Leaving Certificate Examination (including Day School Certificate (Higher) General paper), 1932
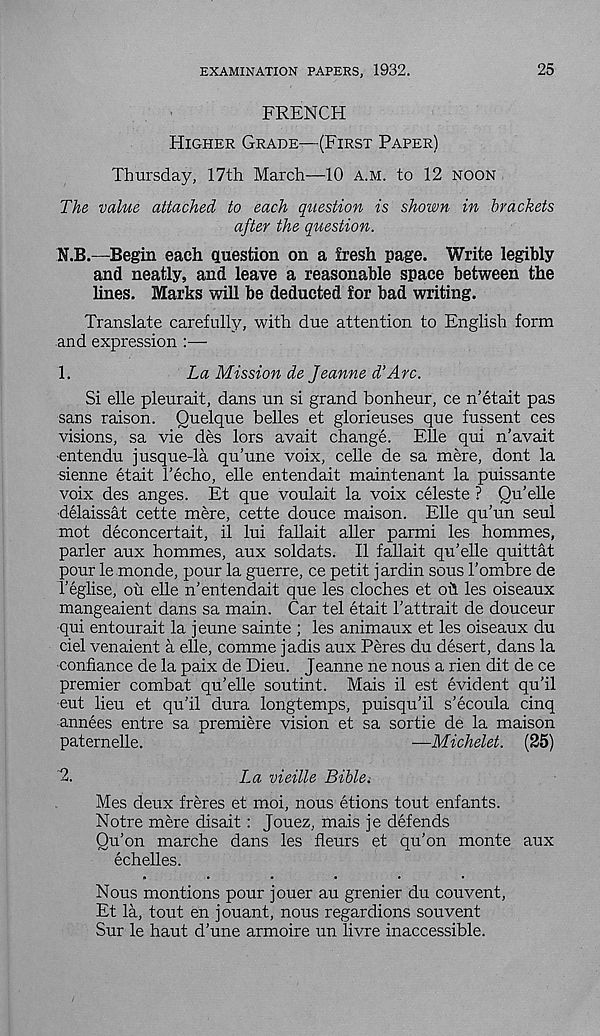
EXAMINATION PAPERS, 1932.
25
FRENCH
HIGHER GRADE—(FIRST PAPER)
Thursday, 17th March—10 A.M. to 12 NOON
The value attached to each question is shown in brackets
after the question.
N.B.—Begin each question on a fresh page. Write legibly
and neatly, and leave a reasonable space between the
lines. Marks will be deducted, for bad writing.
Translate carefully, with due attention to English form
and expression :—
1.
La Mission de Jeanne d’Arc.
Si elle pleurait, dans un si grand bonheur, ce n’etait pas
sans raison. Quelque belles et glorieuses que fussent ces
visions, sa vie des lors avait change. File qui n'avait
■ entendu j usque-la qu’une voix, celle de sa mere, dont la
sienne etait I’echo, elle entendait maintenant la puissante
voix des anges. Et que voulait la voix celeste ? Qu’elle
delaissat cette mere, cette douce maison. Elle qu’un seul
mot deconcertait, il lui fallait aller parmi les hommes,
parler aux hommes, aux soldats. II fallait qu'elle quittat
pour le monde, pour la guerre, ce petit jardin sous I’ombre de
Teglise, ou elle n’entendait que les cloches et oh les oiseaux
mangeaient dans sa main. Car tel etait 1’attrait de douceur
qui entourait la jeune sainte ; les animaux et les oiseaux du
ciel venaient a elle, comme jadis aux Peres du desert, dans la
confiance de la paix de Dieu. Jeanne ne nous a rien dit de ce
premier combat qu'elle soutint. Mais il est evident qu’il
eut lieu et qu’il dura longtemps, puisqu’il s’ecoula cinq
annees entre sa premiere vision et sa sortie de la maison
paternelle.
—Michelet. (25)
~2.
La vieille Bible.
Mes deux freres et moi, nous etions tout enfants.
Notre mere disait: Jouez, mais je defends
Qu’on marche dans les fleurs et qu’on monte aux
echelles.
Nous montions pour jouer au grenier du convent,
Et la, tout en jouant, nous regardions sou vent
Sur le haut d’une armoire un livre inaccessible.